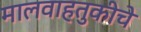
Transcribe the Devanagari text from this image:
मालवाहतुकीचे